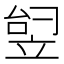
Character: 𬔟